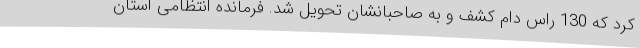
کرد که 130 راس دام کشف و به صاحبانشان تحویل شد. فرمانده انتظامی استان